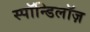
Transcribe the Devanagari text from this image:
स्पॉन्डिलॉज़